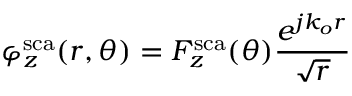
\varphi _ { z } ^ { \mathrm { s c a } } ( r , \theta ) = F _ { z } ^ { \mathrm { s c a } } ( \theta ) \frac { e ^ { j k _ { o } r } } { \sqrt { r } }